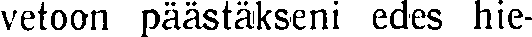
vetoon päästäkseni edes hie-